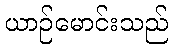
ယာဉ်မောင်းသည်